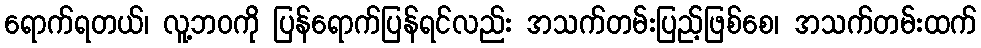
ရောက်ရတယ်၊ လူ့ဘဝကို ပြန်ရောက်ပြန်ရင်လည်း အသက်တမ်းပြည့်ဖြစ်စေ၊ အသက်တမ်းထက်